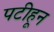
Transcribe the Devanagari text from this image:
पटीहून